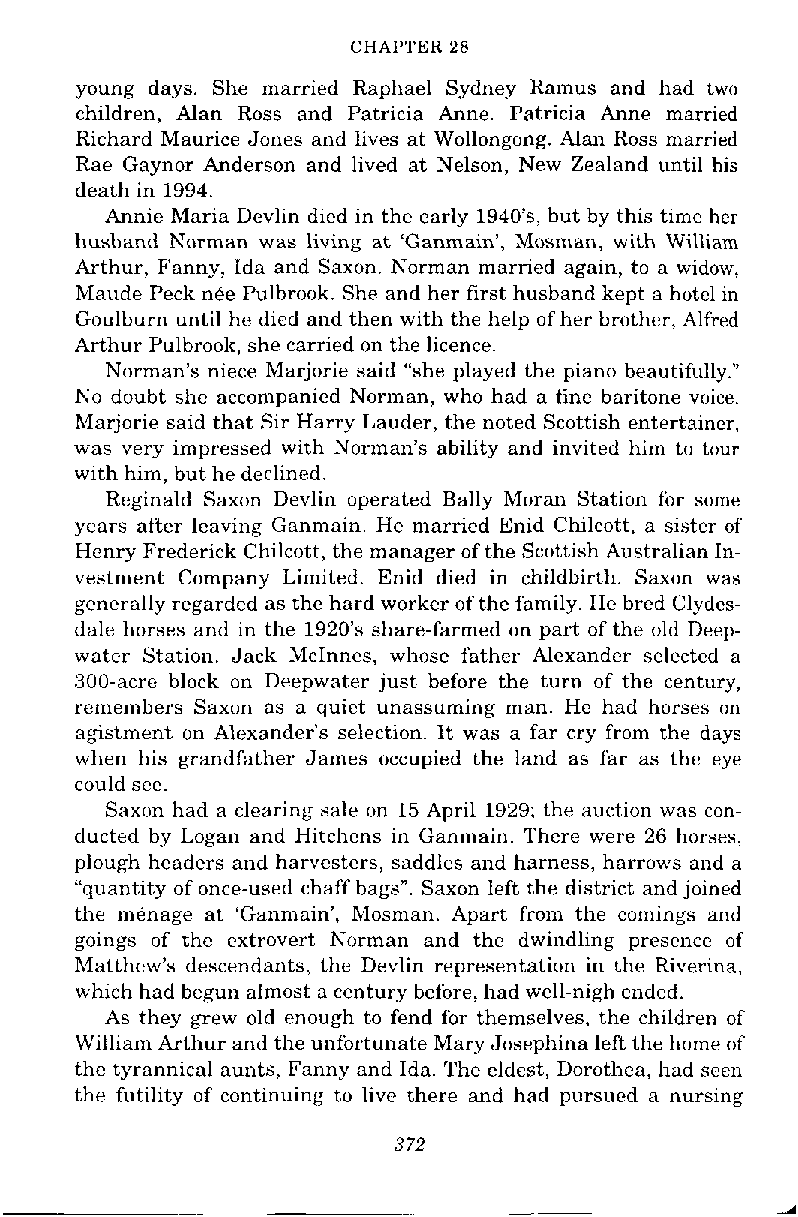
CHAPTER 28
 young days. She married Raphael Sydney Ramus and had two
 children, Alan Ross and Patricia Anne. Patricia Anne married
 Richard Maurice Jones and lives at Wollongong. Alan Ross married
 Rae Gaynor Anderson and lived at Nelson, New Zealand until his
 death in 1994.
 Annie Maria Devlin died in the early 1940's, but by this time her
 husband Norman was living at 'Ganmain', Mosman, with William
 Arthur, Fanny, Ida and Saxon. Norman married again, to a widow,
 Maude Peck nee Pulbrook. She and her first husband kept a hotel in
 Goulburn until he died and then with the help of her brother, Alfred
 Arthur Pulbrook, she carried on the licence.
 Norman's niece Marjorie said "she played the piano beautifully."
 No doubt she accompanied Norman, who had a fine baritone voice.
 Marjorie said that Sir Harry Lauder, the noted Scottish entertainer.
 was very impressed with Norman's ability and invited him to tour
 with him, but he declined.
 Reginald Saxon Devlin operated Bally Moran Station for some
 years after leaving Ganmain. He married Enid Chilcott, a sister of
 Henry Frederick Chilcott, the manager of the Scottish Australian In-
 vestment Company Limited. Enid died in childbirth. Saxon was
 generally regarded as the hard worker of the family. He bred Clydes-
 dale horses and in the 1920's share-farmed on part of the old Deep-
 water Station. Jack McInnes, whose father Alexander selected a
 300-acre block on Deepwater just before the turn of the century,
 remembers Saxun as a quiet unassuming man. He had horses on
 agistment on Alexander's selection. It was a far cry from the days
 when his grandfather James occupied the land as far as the eye
 could see.
 Saxon had a clearing sale on 15 April 1929; the auction was con-
 ducted by Logan and Hitchens in Ganmain. There were 26 horses,
 plough headers and harvesters, saddles and harness, harrows and a
 "quantity of once-used chaff bags". Saxon left the district and joined
 the menage at 'Ganmain', Mosman. Apart from the comings and
 goings of the extrovert Norman and the dwindling presence of
 Matthew's descendants, the Devlin representation in the Riverina,
 which had begun almost a century before, had well-nigh ended.
 As they grew old enough to fend for themselves, the children of
 William Arthur and the unfortunate Mary Josephina left the home of
 the tyrannical aunts, Fanny and Ida. The eldest, Dorothea, had seen
 the futility of continuing to live there and had pursued a nursing